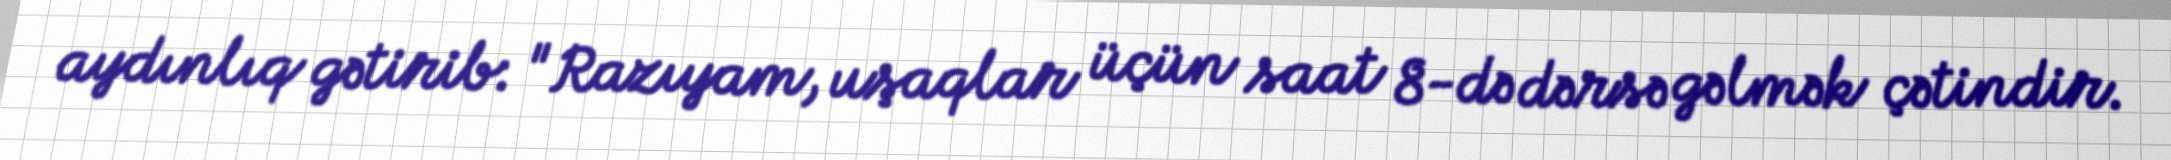
aydınlıq gətirib: "Razıyam, uşaqlar üçün saat 8-də dərsə gəlmək çətindir.